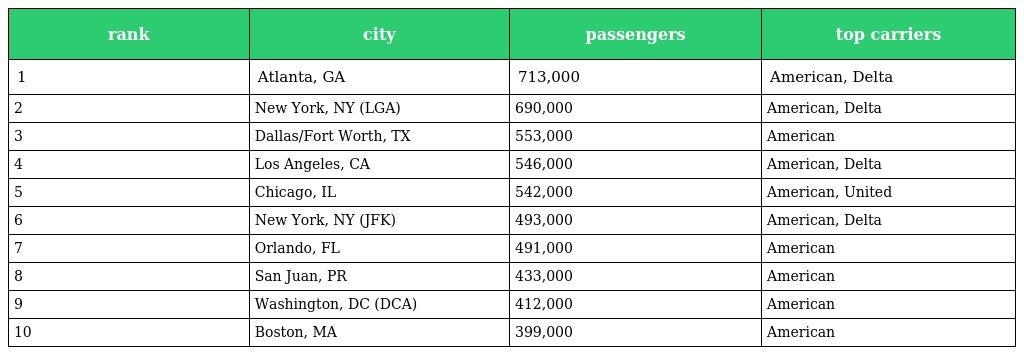
| rank | city | passengers | top carriers |
 | --- | --- | --- | --- |
 | 1 | Atlanta, GA | 713,000 | American, Delta |
 | 2 | New York, NY (LGA) | 690,000 | American, Delta |
 | 3 | Dallas/Fort Worth, TX | 553,000 | American |
 | 4 | Los Angeles, CA | 546,000 | American, Delta |
 | 5 | Chicago, IL | 542,000 | American, United |
 | 6 | New York, NY (JFK) | 493,000 | American, Delta |
 | 7 | Orlando, FL | 491,000 | American |
 | 8 | San Juan, PR | 433,000 | American |
 | 9 | Washington, DC (DCA) | 412,000 | American |
 | 10 | Boston, MA | 399,000 | American |